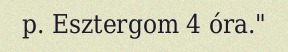
p. Esztergom 4 óra."